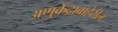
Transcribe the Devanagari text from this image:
अणुक्रेंद्राबाहेरील